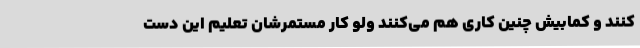
کنند و کمابیش چنین کاری هم می‌کنند ولو کار مستمرشان تعلیم این دست